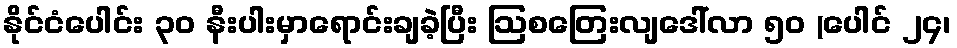
နိုင်ငံပေါင်း ၃၀ နီးပါးမှာရောင်းချခဲ့ပြီး ဩစတြေးလျဒေါ်လာ ၅၀ (ပေါင် ၂၄၊